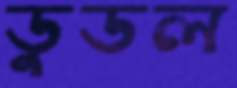
ডুডল